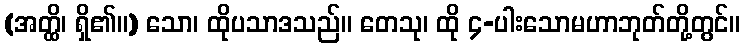
(အတ္ထိ၊ ရှိ၏။) သော၊ ထိုပသာဒသည်။ တေသု၊ ထို ၄-ပါးသောမဟာဘုတ်တို့တွင်။